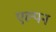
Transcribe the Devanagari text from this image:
एल्पन